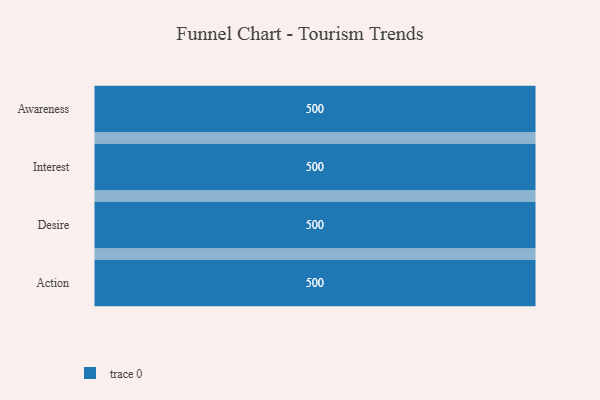
{"axis": {"x": "Stage", "y": "Value"}, "legend": [""], "data": [{"x": "Awareness", "y": 500, "type": ""}, {"x": "Interest", "y": 500, "type": ""}, {"x": "Desire", "y": 500, "type": ""}, {"x": "Action", "y": 500, "type": ""}]}